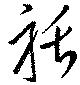
聒